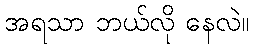
အရသာ ဘယ်လို နေလဲ။